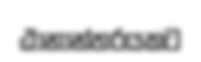
ඨානාන්තරයකට